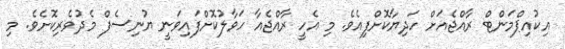
އިކުއިޕްމަންޓް ރާއްޖެއަށް ހަދިޔާކޮށްފިއެވެ. މި އެހީ ރާއްޖެއާ ހަވާލުކޮށްފައިވަނީ ޔުނިސެފް މެދުވެރިކޮށެވެ. މި